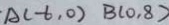
A ( - 6 , 0 ) B ( 0 , 8 )